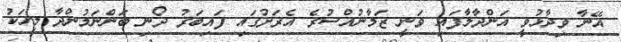
އޭނާ ވިދާޅުވީ އަންދާލާފައި ވަނީ ޒަމާނުއްސުރެ އެރަށުގައި ފައިބަރު ދޯނި ބަންނަމުންދާ މީހަކު